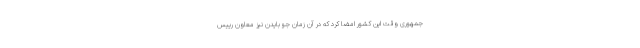
جمهوری وقت این کشور امضا کرد که در آن زمان جو بایدن نیز معاون رییس